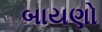
બાયણો